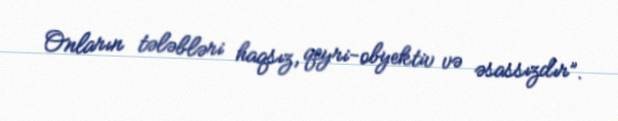
Onların tələbləri haqsız, qeyri-obyektiv və əsassızdır”.